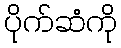
ပိုက်ဆံကို